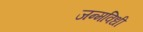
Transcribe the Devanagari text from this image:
जन्मविधी